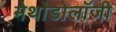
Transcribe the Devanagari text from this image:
मेथोडोलॉजी